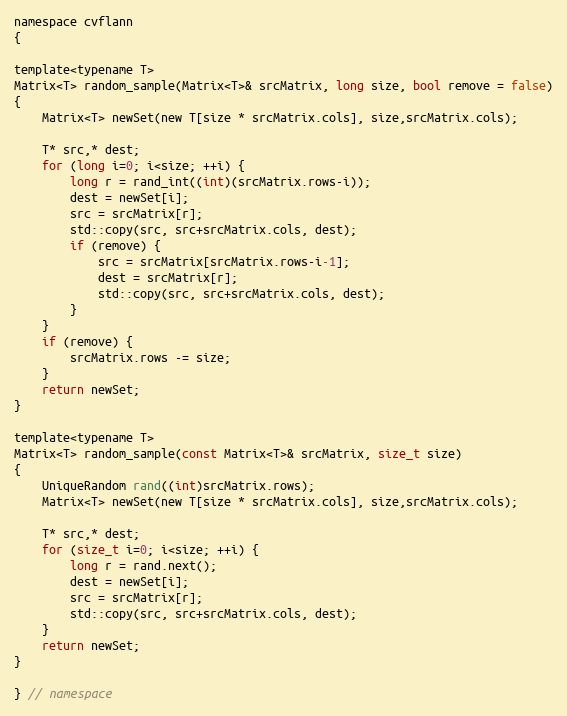
Language: C
namespace cvflann
{

template<typename T>
Matrix<T> random_sample(Matrix<T>& srcMatrix, long size, bool remove = false)
{
    Matrix<T> newSet(new T[size * srcMatrix.cols], size,srcMatrix.cols);

    T* src,* dest;
    for (long i=0; i<size; ++i) {
        long r = rand_int((int)(srcMatrix.rows-i));
        dest = newSet[i];
        src = srcMatrix[r];
        std::copy(src, src+srcMatrix.cols, dest);
        if (remove) {
            src = srcMatrix[srcMatrix.rows-i-1];
            dest = srcMatrix[r];
            std::copy(src, src+srcMatrix.cols, dest);
        }
    }
    if (remove) {
        srcMatrix.rows -= size;
    }
    return newSet;
}

template<typename T>
Matrix<T> random_sample(const Matrix<T>& srcMatrix, size_t size)
{
    UniqueRandom rand((int)srcMatrix.rows);
    Matrix<T> newSet(new T[size * srcMatrix.cols], size,srcMatrix.cols);

    T* src,* dest;
    for (size_t i=0; i<size; ++i) {
        long r = rand.next();
        dest = newSet[i];
        src = srcMatrix[r];
        std::copy(src, src+srcMatrix.cols, dest);
    }
    return newSet;
}

} // namespace